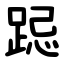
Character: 跽